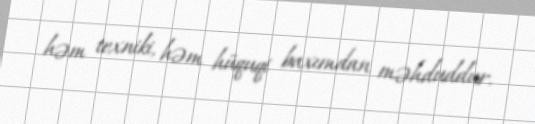
həm texniki, həm hüquqi baxımdan məhduddur.